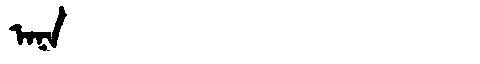
Manchu: ᠠᠨᠠ
Romanization: ANA